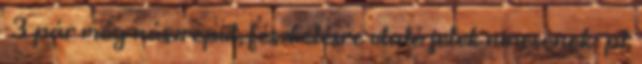
-3 pár még nászrepül, fészkelésre utaló jelek nincsenek- pl.